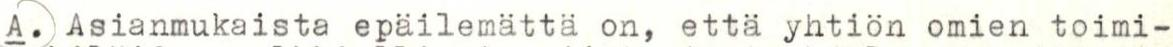
A. Asianmukaista epäilemättä on, että yhtiön omien toimi-